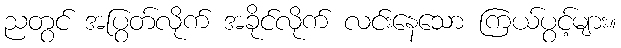
ညတွင် အပြွတ်လိုက် အခိုင်လိုက် လင်းနေသော ကြယ်ပွင့်များ။